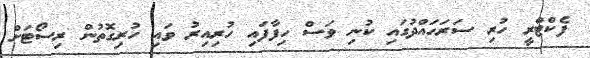
ފެކްޓްރީ ހުރި ސަރަހައްދުގައި ކުނި ވަސް ހިފާފައި ހުރިއިރު ވައި ހުރިގޮތުން ރިސޯޓަށް